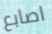
اصابع